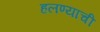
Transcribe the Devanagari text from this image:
हलण्याची